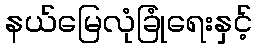
နယ်မြေလုံခြုံရေးနှင့်